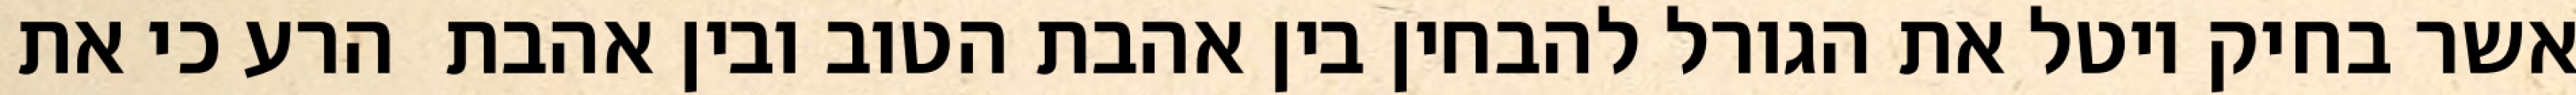
אשר בחיק יוטל את הגורל להבחין בין אהבת הטוב ובין אהבת  הרע כי את